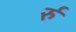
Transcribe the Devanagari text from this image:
र्रु